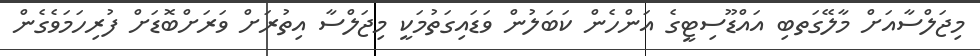
މިޖަލްސާއަށް މާލޭގަތބި އައްޑޫސިޓީގެ އަންހެން ކަބަލުން ވަޑައިގަތުމަކީ މިޖަލްސާ އިތުރަށް ވަރަށްބޮޑަށް ފުރިހަމަވެގެން